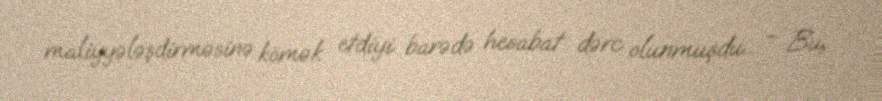
maliyyələşdirməsinə kömək etdiyi barədə hesabat dərc olunmuşdu... - Bu,